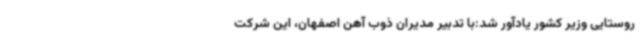
روستایی وزیر کشور یادآور شد:با تدبیر مدیران ذوب آهن اصفهان، این شرکت